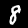
Label: 8